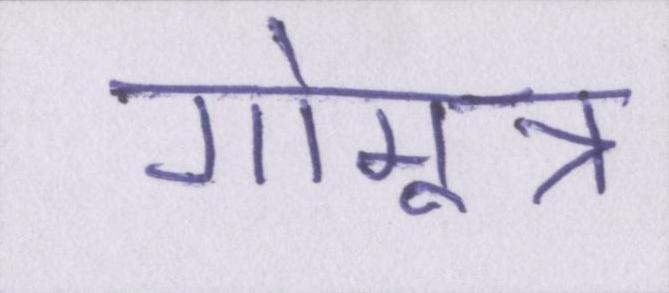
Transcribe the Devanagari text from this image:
गोमूत्र